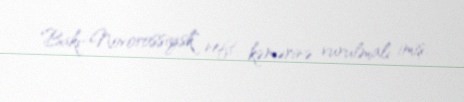
"Bakı-Novorossiysk" neft kəmərinə vurulmalı imiş.